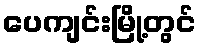
ပေကျင်းမြို့တွင်